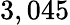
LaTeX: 3,045